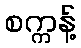
စက္ကန့်